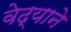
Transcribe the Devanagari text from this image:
वेढ्याने